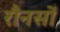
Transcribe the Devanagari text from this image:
रौनसों